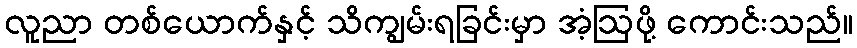
လူညာ တစ်ယောက်နှင့် သိကျွမ်းရခြင်းမှာ အံ့ဩဖို့ ကောင်းသည်။